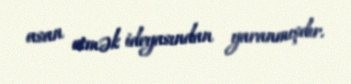
asan etmək ideyasından yaranmışdır.